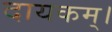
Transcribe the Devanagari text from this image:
दायकम्।